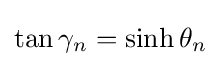
\tan \gamma _{n}=\sinh \theta _{n}